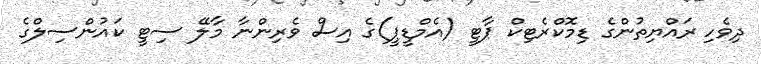
ދިވެހި ރައްޔިތުންގެ ޑިމޮކްރެޓިކް ޕާޓީ (އެމްޑީޕީ)ގެ އިސް ވެރިންނާ މާލޭ ސިޓީ ކައުންސިލްގެ